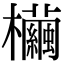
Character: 𣠷